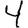
Digit: 4